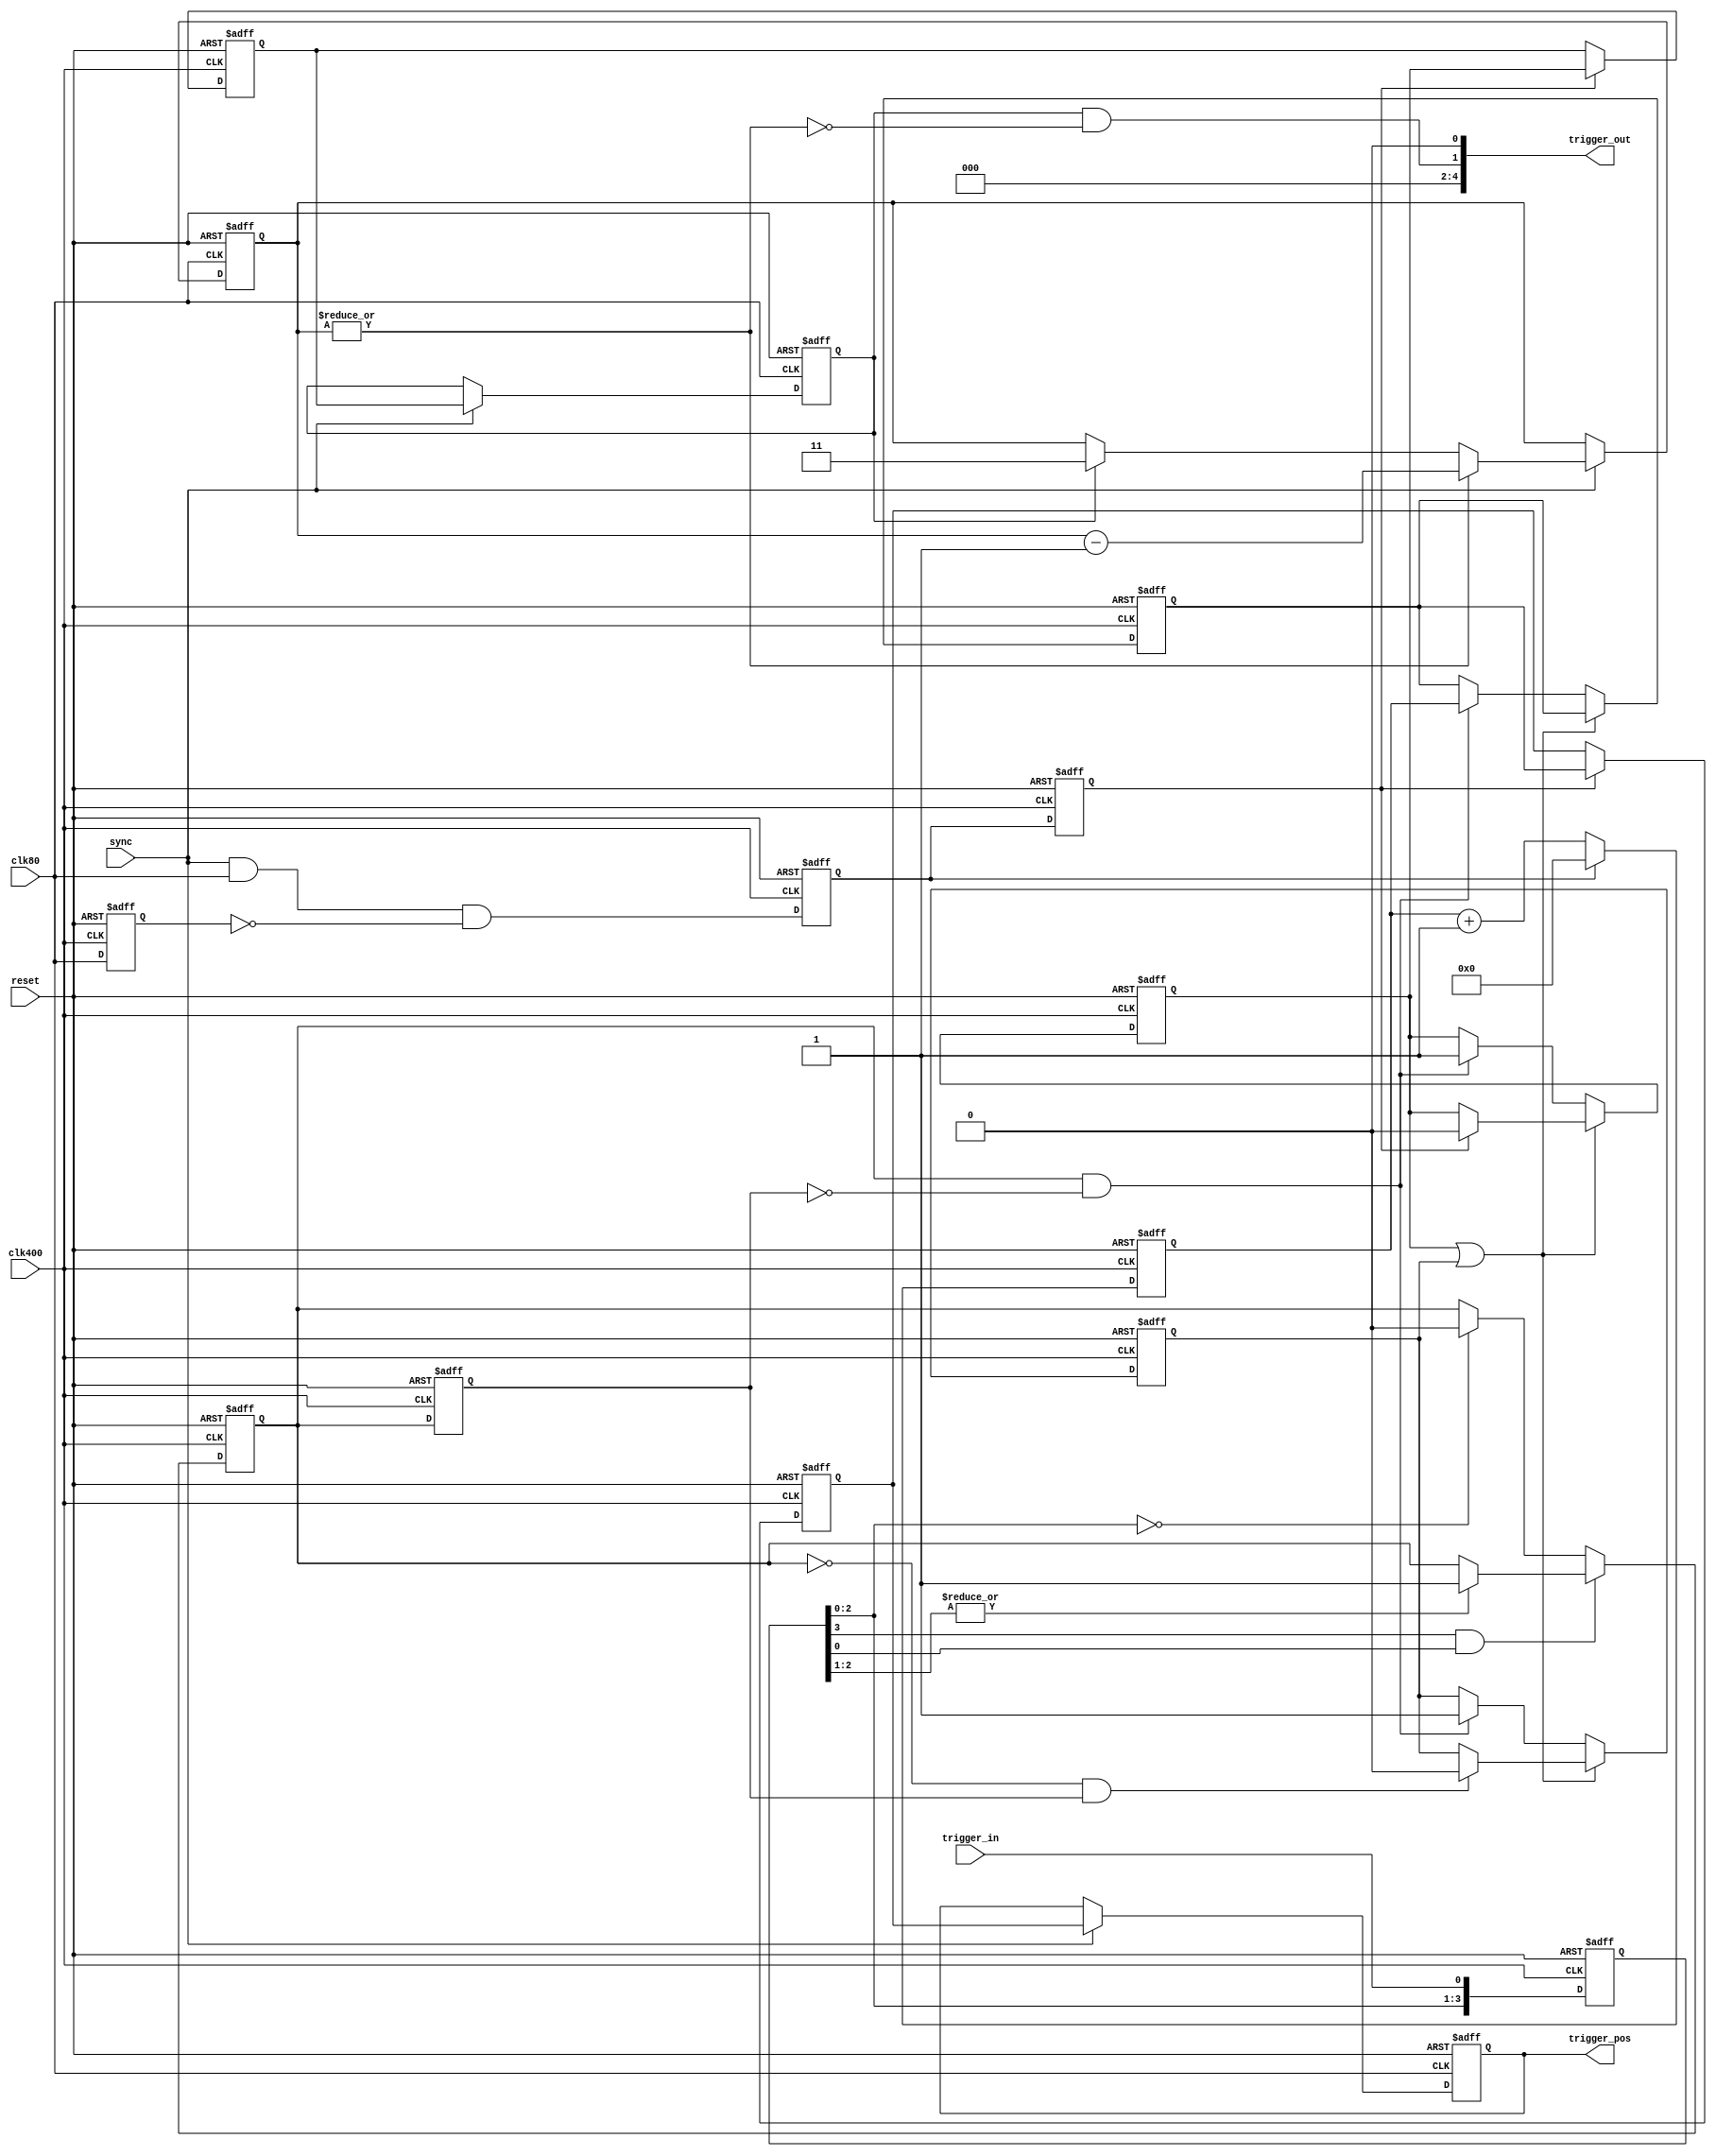
module trigger_in_async
(
	input clk80,
	input clk400,
	input sync,
	input reset,
	
	input trigger_in,
	output [4:0]trigger_out,
	output [3:0]trigger_pos
);


	// --- noise filter (trigger_in -> trg_denoise)

	// oversampling shift register (trigger_in -> trg_in)
	reg [3:0]trg_in;
	always @(posedge clk400 or posedge reset)
	begin
		if (reset) trg_in <= 0;
		else trg_in <= {trg_in[2:0], trigger_in};
	end

	// noise filter (trg_in -> trg_denoise)
	reg trg_denoise;
	always @(posedge clk400 or posedge reset)
	begin
		if (reset) trg_denoise <= 0;
		else if (trg_in[3] && trg_in[0])
		begin
	    if (|trg_in[2:1]) trg_denoise <= 1;
		end
		else if (trg_in[2:0] == 0) trg_denoise <= 0;
	end


	// --- edge detector (trig_denoise -> trg_start, trg_stop)
	reg trg_delay;
	always @(posedge clk400 or posedge reset)
	begin
		if (reset) trg_delay <= 0;
		else trg_delay <= trg_denoise;
	end

	wire trg_start =  trg_denoise && !trg_delay;
	wire trg_stop  = !trg_denoise &&  trg_delay;


	// --- synch80: synchronization pulse rel to 80 Mhz (-> clear, stop)
	reg sync1;
	reg clear;
	reg stop;
	always @(posedge clk400 or posedge reset)
	begin
		if (reset)
		begin
			sync1 <= 0;
			clear <= 0;
			stop  <= 0;
		end
		else
		begin
			sync1 <= clk80;
			clear <= sync && clk80 && !sync1;
			stop  <= clear;
		end
	end


	// --- position counter (-> poscnt)
	reg [3:0]poscnt;
	always @(posedge clk400 or posedge reset)
	begin
		if (reset)
		begin
	    poscnt  <= 0;
	  end
		else
		begin
			if (clear) poscnt <= 0;
			else poscnt <= poscnt + 1;
		end
	end


	// --- trigger generator (trg_start, trg_stop, stop -> trg_reg, pos_reg)
	reg trg_reg;
	reg trg_reg1;
	reg [3:0]pos_reg;
	wire running = trg_reg || trg_reg1;
	
	always @(posedge clk400 or posedge reset)
	begin
		if (reset)
		begin
		  trg_reg  <= 0;
		  trg_reg1 <= 0;
			pos_reg  <= 0;
		end
		else if (running)
	  begin
	    if (stop)     trg_reg  <= 0;
	    if (trg_stop) trg_reg1 <= 0;
	  end
	  else if (trg_start)
		begin
		  trg_reg  <= 1;
		  trg_reg1 <= 1;
			pos_reg  <= poscnt;
		end
	end

	// (trg_reg, pos_reg -> trg400_out, trg400_pos)
	reg trg400_out;
	reg [3:0]trg400_pos;
	
	always @(posedge clk400 or posedge reset)
	begin
		if (reset)
		begin
			trg400_out <= 0;
			trg400_pos <= 0;
		end
		else if (stop)
		begin
			trg400_out <= trg_reg;
			trg400_pos <= pos_reg;
		end
	end


	// --- clock domain crossing clk400 -> clk80
	//  (trg400_out, trg400_pos -> trg40, trg40_pos)
	reg trg40;
	reg [3:0]trg40_pos;
	
	always @(posedge clk80 or posedge reset)
	begin
		if (reset)
		begin
			trg40     <= 0;
			trg40_pos <= 0;
		end
		else if (sync)
		begin
			trg40     <= trg400_out;
			trg40_pos <= trg400_pos;
		end
	end


	// --- skip triggers that follows to short (trg40, trg40_blk)
	reg [1:0]trg_veto_cnt;
	wire trg_veto = |trg_veto_cnt;
	
	always @(posedge clk80 or posedge reset)
	begin
	  if (reset) trg_veto_cnt <= 2'd0;
	  else if (sync)
	  begin
	  	if (trg_veto) trg_veto_cnt <= trg_veto_cnt - 2'd1;
	  	else if (trg40) trg_veto_cnt <= 2'd3;
	  end
	end
	
	assign trg40_blk = trg40 & !trg_veto;

	
	// --- create event output
	assign trigger_out = {3'b000, trg40_blk, 1'b0};
	assign trigger_pos = trg40_pos;


endmodule